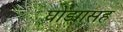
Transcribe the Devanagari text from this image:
घोड्यासह